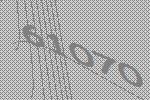
61070